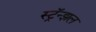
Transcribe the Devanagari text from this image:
स्ट्रॅन्झल